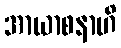
အာယာစနာဟိ